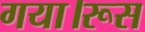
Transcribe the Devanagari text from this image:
गया।रूस